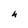
Character: h